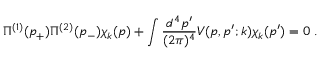
\Pi ^ { ( 1 ) } ( p _ { + } ) \Pi ^ { ( 2 ) } ( p _ { - } ) \chi _ { k } ( p ) + \int { \frac { d ^ { 4 } p ^ { \prime } } { ( 2 \pi ) ^ { 4 } } } V ( p , p ^ { \prime } ; k ) \chi _ { k } ( p ^ { \prime } ) = 0 \; .